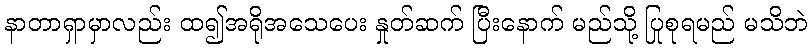
နာတာရှာမှာလည်း ထ၍အရိုအသေပေး နှုတ်ဆက် ပြီးနောက် မည်သို့ ပြုစုရမည် မသိဘဲ